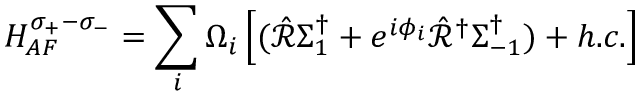
H _ { A F } ^ { \sigma _ { + } - \sigma _ { - } } = \sum _ { i } \Omega _ { i } \left[ ( \hat { \mathcal { R } } \Sigma _ { 1 } ^ { \dag } + e ^ { i \phi _ { i } } \hat { \mathcal { R } } ^ { \dag } \Sigma _ { - 1 } ^ { \dag } ) + h . c . \right]